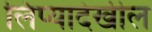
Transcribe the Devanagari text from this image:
लिप्यादेखील